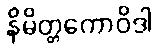
နိမိတ္တကောဝိဒါ